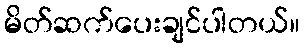
မိတ်ဆက်ပေးချင်ပါတယ်။